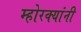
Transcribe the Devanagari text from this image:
म्होरक्‍यांनी